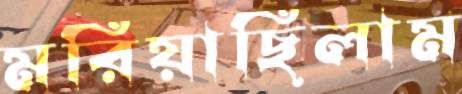
মরিয়াছিলাম